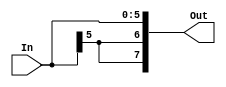
module SixToEightExtend(input [5:0] In, output [7:0] Out);
  
  assign Out = { In[5], In[5], In};
endmodule